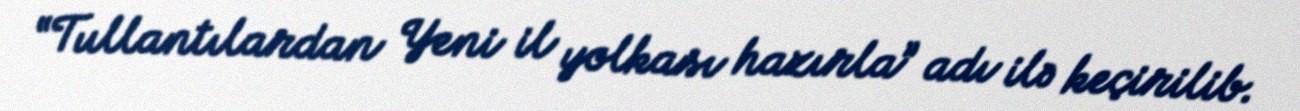
“Tullantılardan Yeni il yolkası hazırla” adı ilə keçirilib.